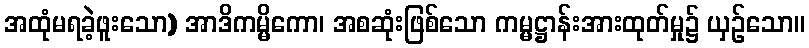
အထုံမရခဲ့ဖူးသော) အာဒိကမ္မိကော၊ အစဆုံးဖြစ်သော ကမ္မဋ္ဌာန်းအားထုတ်မှု၌ ယှဉ်သော။